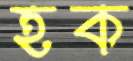
হক